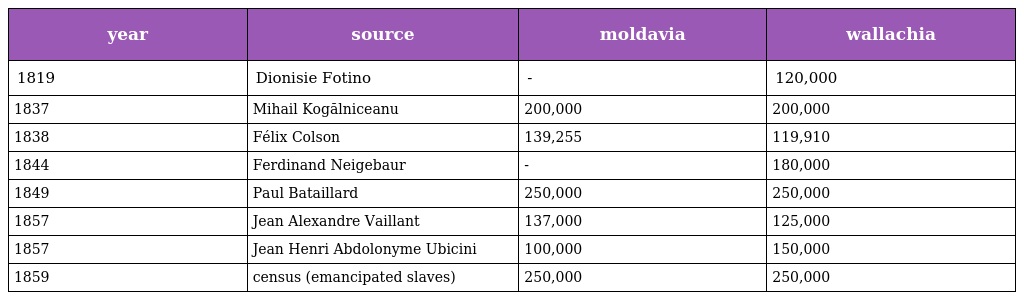
| year | source | moldavia | wallachia |
 | --- | --- | --- | --- |
 | 1819 | Dionisie Fotino | - | 120,000 |
 | 1837 | Mihail Kogălniceanu | 200,000 | 200,000 |
 | 1838 | Félix Colson | 139,255 | 119,910 |
 | 1844 | Ferdinand Neigebaur | - | 180,000 |
 | 1849 | Paul Bataillard | 250,000 | 250,000 |
 | 1857 | Jean Alexandre Vaillant | 137,000 | 125,000 |
 | 1857 | Jean Henri Abdolonyme Ubicini | 100,000 | 150,000 |
 | 1859 | census (emancipated slaves) | 250,000 | 250,000 |